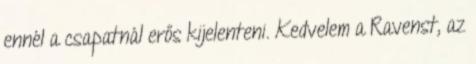
ennél a csapatnál erős kijelenteni. Kedvelem a Ravenst, az